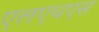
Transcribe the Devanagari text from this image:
एलएचएस